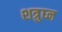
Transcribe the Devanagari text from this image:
शत्रुघ्‍न